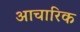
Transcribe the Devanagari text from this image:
आचारिक